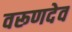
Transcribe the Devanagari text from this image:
वरूणदेव